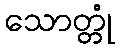
သောတ္တုံ